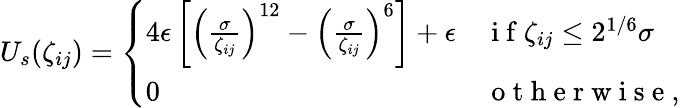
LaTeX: \begin{array}{r}{U_{s}(\zeta_{ij})=\left\{ \begin{array}{ll}{4\epsilon\left[\left(\frac{\sigma}{\zeta_{ij}}\right)^{12}-\left(\frac{\sigma}{\zeta_{ij}}\right)^{6}\right]+\epsilon}&{\mathrm{~i~f~}\zeta_{ij}\leq 2^{1/6}\sigma}\\ {0}&{\mathrm{~o~t~h~e~r~w~i~s~e~},}\end{array}\right.}\end{array}